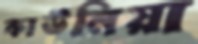
কাউনিয়া